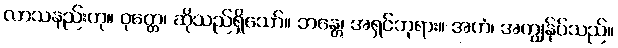
လာသနည်းဟု။ ဝုတ္တေ၊ ဆိုသည်ရှိသော်။ ဘန္တေ၊ အရှင်ဘုရား။ အဟံ၊ အကျွန်ုပ်သည်။